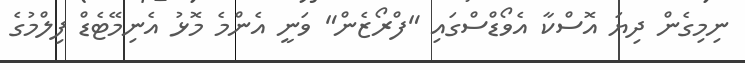
ނިމިގެން ދިޔަ އޮސްކާ އެވޯޑްސްގައި "ފްރޯޒެން" ވަނީ އެންމެ މޮޅު އެނިމޭޓެޑް ފިލްމުގެ